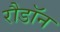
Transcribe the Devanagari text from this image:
रौडॉन